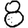
Digit: 8